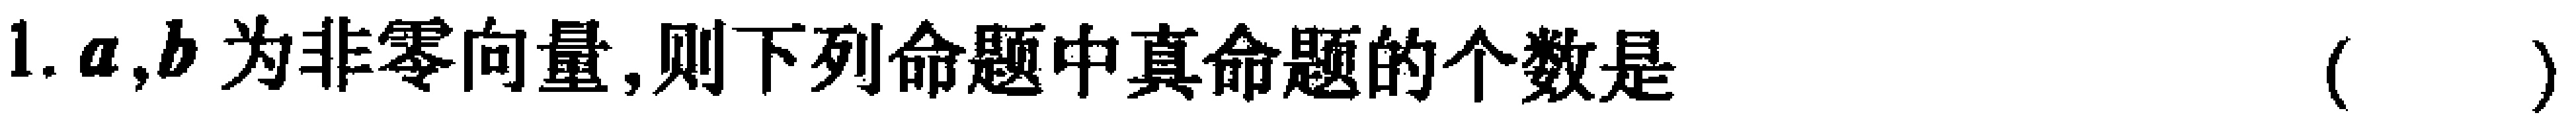
1. $\boldsymbol{a},\boldsymbol{b}$ 为非零向量,则下列命题中真命题的个数是 （  ）